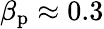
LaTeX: \beta_{\mathrm{p}}\approx 0.3